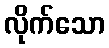
လိုက်သော